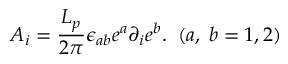
A _ { i } = \frac { L _ { p } } { 2 \pi } \epsilon _ { a b } e ^ { a } \partial _ { i } e ^ { b } . \; \; ( a , \; b = 1 , 2 )